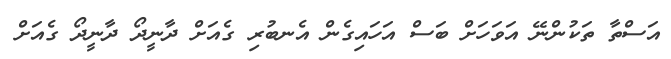
އަސްތާ ތަކުންނޭ އަވަހަށް ބަސް އަހައިގެން އެނބުރި ގެއަށް ދާނީދޯ ދާނީދޯ ގެއަށް